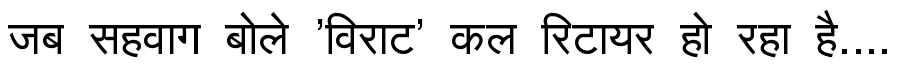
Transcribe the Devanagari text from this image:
जब सहवाग बोले 'विराट' कल रिटायर हो रहा है....